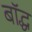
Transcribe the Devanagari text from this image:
बॉद्ध